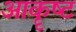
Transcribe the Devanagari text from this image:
आकॄष्‍ट